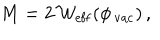
LaTeX: M = 2 \, { \cal W } _ { \mathrm { e f f } } ( \phi _ { \, \mathrm { v a c } } ) \, ,